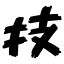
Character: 技